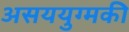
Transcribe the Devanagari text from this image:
असययुग्मकी